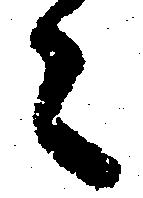
々